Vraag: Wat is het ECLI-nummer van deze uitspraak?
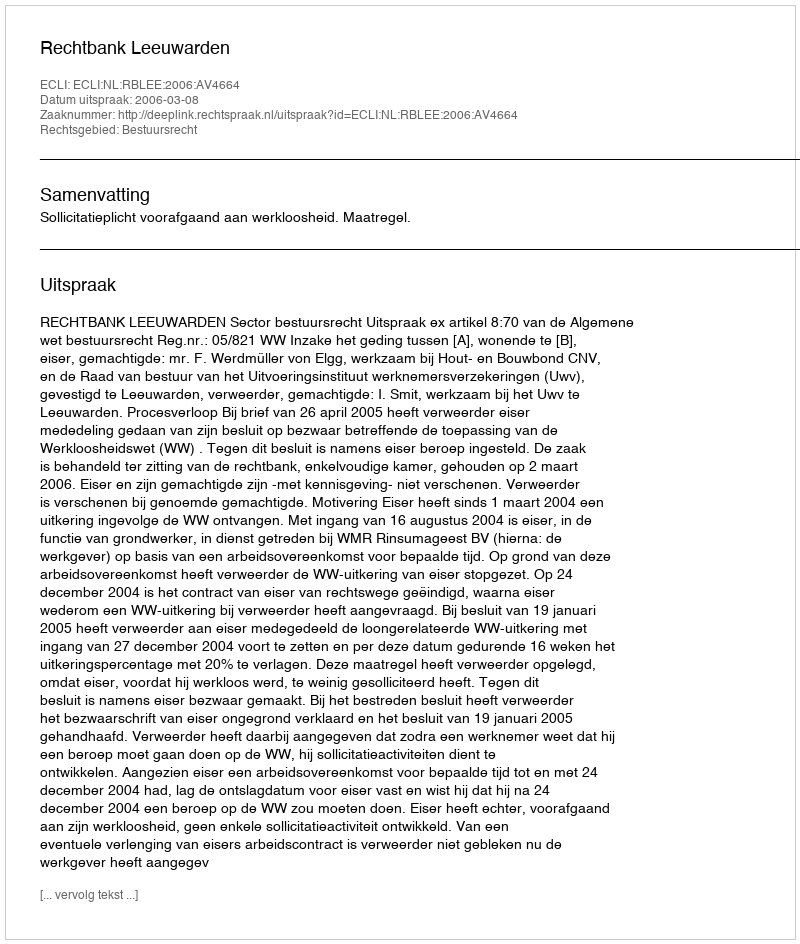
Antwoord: ECLI:NL:RBLEE:2006:AV4664